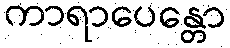
ကာရာပေန္တော